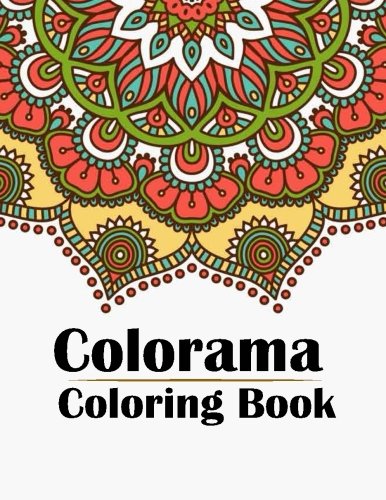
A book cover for Colorama Coloring Book: Stress Relieving Patterns : Coloring Books For Adults, coloring books for adults relaxation, coloring book for grown ups ,colorama coloring book for adults (Volume 14); colorama coloring book for adults; Arts & Photography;